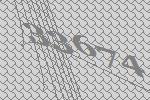
33674